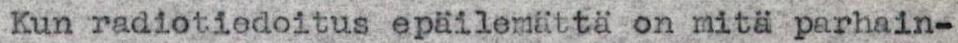
Kun radiotiodoitus epäilemättä on mitä parhain-